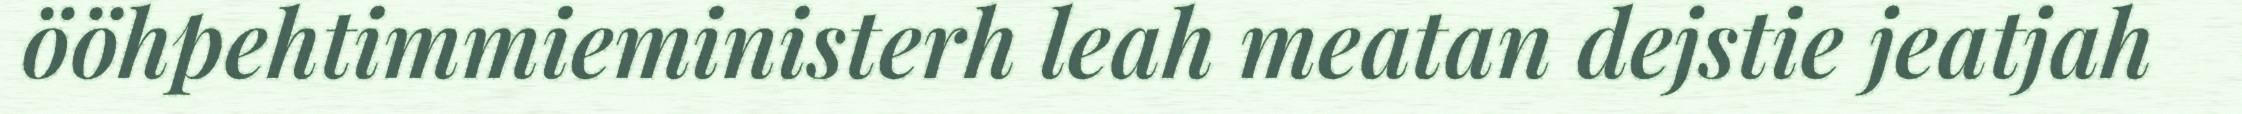
ööhpehtimmieministerh leah meatan dejstie jeatjah